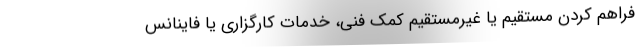
فراهم کردن مستقیم یا غیرمستقیم کمک فنی، خدمات کارگزاری یا فاینانس